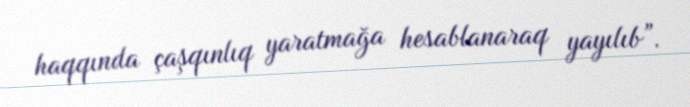
haqqında çaşqınlıq yaratmağa hesablanaraq yayılıb”.